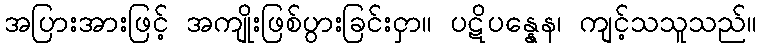
အပြားအားဖြင့် အကျိုးဖြစ်ပွားခြင်းငှာ။ ပဋိပန္နေန၊ ကျင့်သသူသည်။